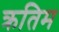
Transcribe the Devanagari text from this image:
क्रतिम